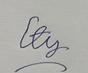
Signature authenticity: forged